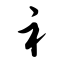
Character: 衤